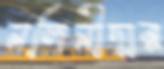
নলিনীদার